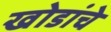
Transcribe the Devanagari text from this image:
खोडांचे